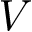
V